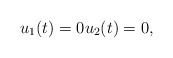
\begin{align*}u_1(t) = 0 u_2(t) = 0,\end{align*}